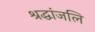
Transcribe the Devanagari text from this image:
श्रद्धांजलि